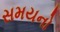
સમયનો